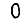
Digit: 0